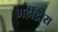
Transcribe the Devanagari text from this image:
महींद्वारा